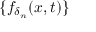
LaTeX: \{ f _ { \delta _ { n } } ( x , t ) \}